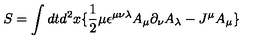
S = \int d t d ^ { 2 } x \lbrace \frac { 1 } { 2 } \mu \epsilon ^ { \mu \nu \lambda } A _ { \mu } \partial _ { \nu } A _ { \lambda } - J ^ { \mu } A _ { \mu } \rbrace